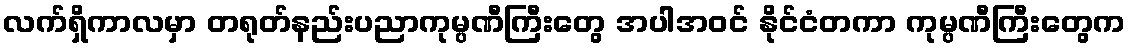
လက်ရှိကာလမှာ တရုတ်နည်းပညာကုမ္ပဏီကြီးတွေ အပါအဝင် နိုင်ငံတကာ ကုမ္ပဏီကြီးတွေက